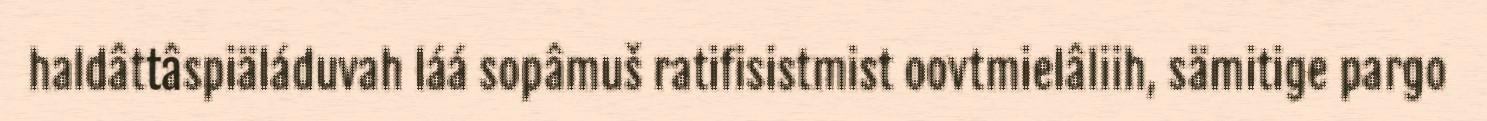
haldâttâspiäláduvah láá sopâmuš ratifisistmist oovtmielâliih, sämitige pargo